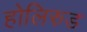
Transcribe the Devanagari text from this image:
होलिरुड